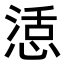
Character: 𭝴